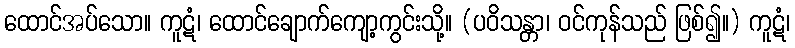
ထောင်အပ်သော။ ကူဋံ၊ ထောင်ချောက်ကျော့ကွင်းသို့။ (ပဝိသန္တာ၊ ဝင်ကုန်သည် ဖြစ်၍။) ကူဋံ၊